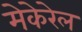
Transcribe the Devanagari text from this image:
मेकेरेल